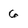
Character: 6